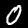
Digit: 0